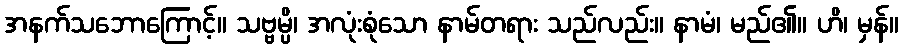
အနက်သဘောကြောင့်။ သဗ္ဗမ္ပိ၊ အလုံးစုံသော နာမ်တရား သည်လည်း။ နာမံ၊ မည်၏။ ဟိ၊ မှန်။